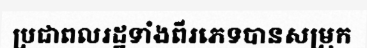
ប្រជាពលរដ្ឋទាំងពីរភេទបានសម្រុក